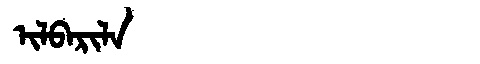
Manchu: ᡳᠯᠪᠠᡵᡳᠯᠠ
Romanization: ILBARILA